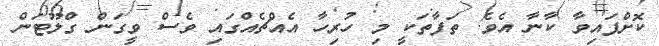
ކޮށްފައިވާ ކާނާ އެވެ. ތަފާތަކީ މި ހުރިހާ އެއްޗެއްގައި ވެސް ވީގަން ގްލޫޓަން